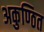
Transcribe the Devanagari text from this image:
अकुण्ठित